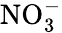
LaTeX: \mathrm{NO}_{3}^{-}